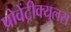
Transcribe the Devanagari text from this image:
प्रोवेंट्रीक्युलस